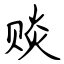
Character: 赕